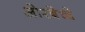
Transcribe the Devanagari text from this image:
ओरबेच्चे